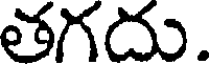
తగదు.